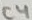
Text: C4